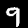
Label: 9